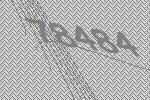
78484